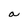
Character: a